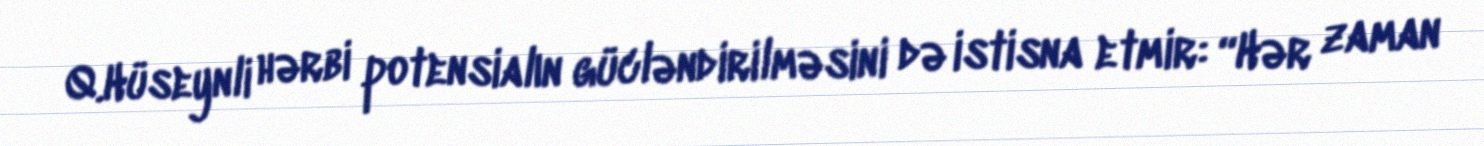
Q.Hüseynli hərbi potensialın gücləndirilməsini də istisna etmir: “Hər zaman